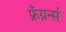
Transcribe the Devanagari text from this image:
फ्रँग्रर्न्स